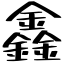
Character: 鑫